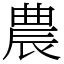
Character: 農